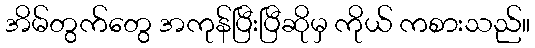
အိမ်တွက်တွေ အကုန်ပြီးပြီဆိုမှ ကိုယ် ကစားသည်။